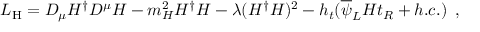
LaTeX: { \cal L } _ { \mathrm { H } } = D _ { \mu } H ^ { \dagger } D ^ { \mu } H - m _ { H } ^ { 2 } H ^ { \dagger } H - \lambda ( H ^ { \dagger } H ) ^ { 2 } - h _ { t } ( \overline { { { \psi } } } _ { L } H t _ { R } + h . c . ) \, \, \, ,